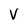
Character: V